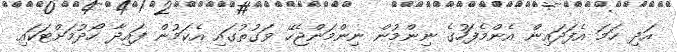
އަދި ހަމަ އެފަދައިން އެންމެފަހުގެ ނިންމުން ނިންމަންޖެހޭ ވަގުތުގައި އެކަމުން ފައިދާ ހޯދުމަށްޓަކައި